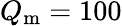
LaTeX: Q_{\mathrm{m}}=100